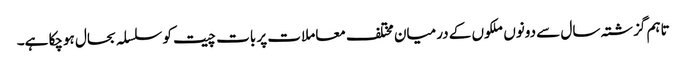
تاہم گزشتہ سال سے دونوں ملکوں کے درمیان مختلف معاملات پر بات چیت کو سلسلہ بحال ہوچکا ہے۔